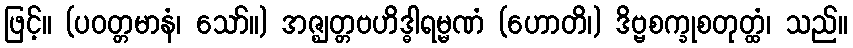
ဖြင့်။ (ပဝတ္တမာနံ၊ သော်။) အဇ္ဈတ္တဗဟိဒ္ဓါရမ္မဏံ (ဟောတိ၊) ဒိဗ္ဗစက္ခုစတုတ္ထံ၊ သည်။